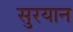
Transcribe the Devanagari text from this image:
सुरयान